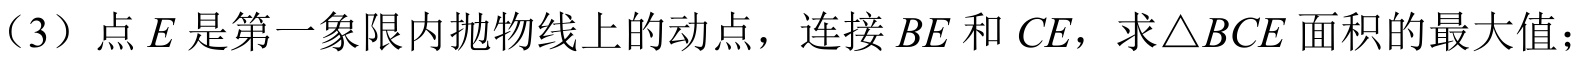
（3）点 \(E\) 是第一象限内抛物线上的动点，连接 \(BE\) 和 \(CE\)，求\(\triangle BCE\) 面积的最大值；